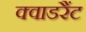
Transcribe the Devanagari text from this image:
क्वाडरैंट